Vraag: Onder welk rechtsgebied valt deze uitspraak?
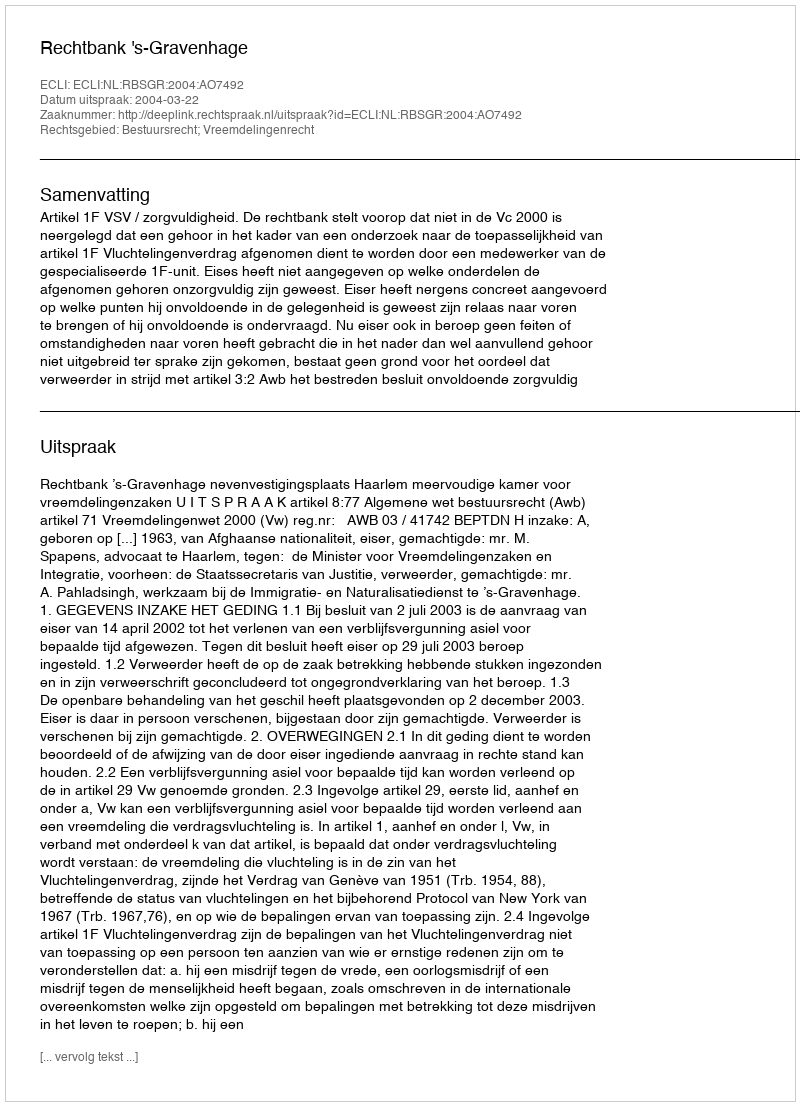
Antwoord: Bestuursrecht; Vreemdelingenrecht